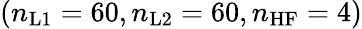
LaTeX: (n_{\mathrm{L1}}=60,n_{\mathrm{L2}}=60,n_{\mathrm{HF}}=4)